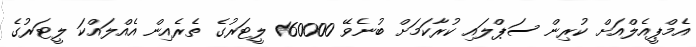
އެމްޕީއެލްއަށް ކުރިން ސަޕްލައި ކުރާކަމަށް ބުނެވޭ 160000 ލީޓަރުގެ ތެރެއިން އެއްލައްކަ ލީޓަރުގެ